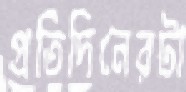
প্রতিদিনেরটা